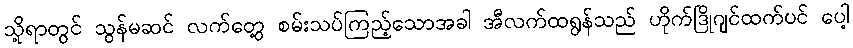
သို့ရာတွင် သွန်မဆင် လက်တွေ့ စမ်းသပ်ကြည့်သောအခါ အီလက်ထရွန်သည် ဟိုက်ဒြိုဂျင်ထက်ပင် ပေါ့